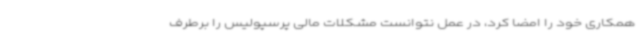
همکاری خود را امضا کرد، در عمل نتوانست مشکلات مالی پرسپولیس را برطرف